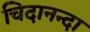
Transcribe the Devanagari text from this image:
चिदानन्दा